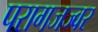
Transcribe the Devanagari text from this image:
परागजज्वर